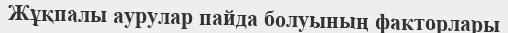
Жұқпалы аурулар пайда болуының факторлары